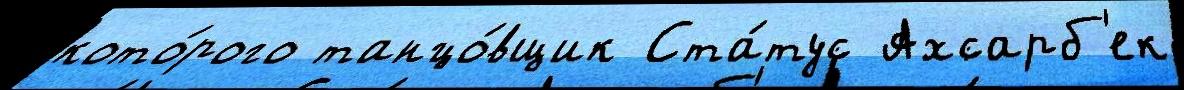
кото́рого танцо́вщик Ста́тус Ахсарб'ек